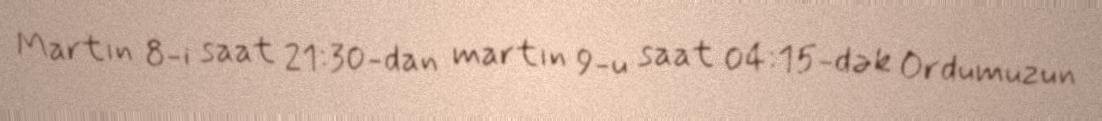
Martın 8-i saat 21:30-dan martın 9-u saat 04:15-dək Ordumuzun